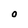
Character: O